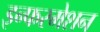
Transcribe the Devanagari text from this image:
इन्फरमेशन